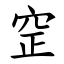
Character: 䆙